Vaccination report Assam 1896-1927 - 1896-1927
Year: 1896
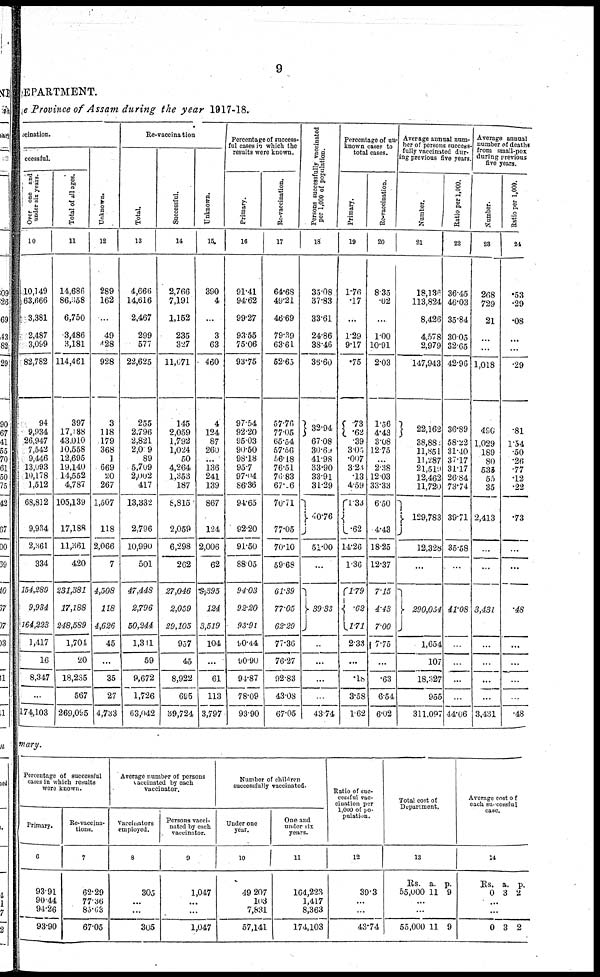
9
DEPARTMENT.
e Province of Assam during the year 1917-18.
vaccination.
ccessful.
Over one and
under six years.
10
10,149
63,666
3,381
2,487
3,099
82,782
94
9,934
26,947
7,542
9,446
13,093
10,178
1,512
68,812
9,934
2,361
334
154,289
9,934
164,223
1,417
16
8,347
...
174,103
Total of all ages.
11
14,686
86,058
6,750
3,486
3,181
114,461
397
17,188
43,010
10,558
12,695
19,140
14,552
4,787
105,139
17,188
11,361
420
231,381
17,188
248,589
1,704
20
18,235
567
269,095
Unknown.
12
289
162
...
49
428
928
3
118
179
368
1
669
20
267
1,507
118
2,066
7
4,508
118
4,626
45
...
35
27
4,733
Re-vaccination
Total.
13
4,666
14,616
2,467
299
577
22,625
255
2,796
2,821
2,009
89
5,709
2,002
417
13,332
2,796
10,990
501
47,448
2,796
50,244
1,311
59
9,672
1,726
63,042
Successful.
14
2,766
7,191
1,152
235
327
11,671
145
2,059
1,792
1,024
50
4,264
1,353
187
8,815
2,059
6,298
262
27,046
2,059
29,105
957
45
8,922
695
39,724
Unknown.
15
390
4
...
3
63
460
4
124
87
260
...
136
241
139
867
124
2,006
62
3,395
124
3,519
104
...
61
113
3,797
Percentage of success-
ful cases in which the
results were known.
Primary.
16
91.41
94.62
99.27
93.55
75.06
93.75
97.54
92.20
95.03
90.50
98.18
95.7
97.04
86.36
94.65
92.20
91.50
88.05
94.03
92.20
93.91
90.44
90.90
94.87
78.09
93.90
Re-vaccination.
17
64.68
49.21
46.69
79.39
63.61
52.65
57.76
77.05
65.54
57.56
56.18
76.51
76.83
67.06
70.71
77.05
70.10
59.68
61.39
77.05
62.29
77.36
76.27
92.83
43.08
67.05
Persons successfully vaccinated
per 1,000 of population.
18
35.08
37.83
33.61
24.86
38.46
36.60
32.94
67.08
30.69
41.98
33.90
33.91
31.29
40.76
51.00
...
39.33
..
...
...
43.74
Percentage of un-
known cases to
total cases.
Primary.
19
1.76
.17
...
1.29
9.17
.75
.73
.62
.39
3.05
.007
3.23
.13
4.59
1.33
.62
14.26
1.36
1.79
.62
171
2.33
...
.18
3.58
1.62
Revaccination.
20
8.35
.02
...
100
10.91
2.03
1.56
4.43
3.08
12.75
...
2.38
12.03
33.33
6.50
4.43
18.25
12.37
7.15
4.43
7.00
7.75
...
.63
6.54
6.02
Average annual num-
ber of persons success-
fully vaccinated dur-
ing previous five years
Number.
21
18,136
113,824
8,426
4,578
2,979
147,943
22,162
38,880
11,851
11,287
2l,519
12,462
11,720
129,783
12,328
...
290,054
1,654
107
18,327
955
311.097
Ratio per 1,000.
22
36.45
46.03
35.84
30.05
32.65
42.96
36.89
58.22
31.40
37.17
31.17
26.84
73.74
39.71
35.58
...
41.08
...
...
...
44.06
Average annual
number of deaths
from small-pox
during previous
five years.
Number.
23
268
729
21
...
...
1,018
490
1,029
189
80
535
55
35
2,413
...
...
3,431
...
...
...
...
3,431
Ratio per 1,000.
24
.53
.29
.08
...
...
.29
.81
1.54
.50
.26
.77
.12
.22
.73
...
...
.48
...
...
...
...
.48
mary.
Percentage of successful
cases in which results
were known.
Primary.
6
93.91
90.44
94.26
93.90
Re-vaccina-
tions.
7
62.29
77.36
85.63
67.05
Average number of persons
vaccinated by each
vaccinator.
Vaccinators
employed.
8
305
...
...
305
Persons vacci-
nated by each
vaccinator.
9
1,047
...
...
1,047
Number of children
successfully vaccinated.
Under one
year.
10
49,207
103
7,831
57,141
One and
under six
years.
11
164,223
1,417
8,363
174,103
Ratio of suc-
cessful vac-
cination per
1,000 of po-
pulation.
12
39.3
...
...
43.74
Total cost of
Department.
13
Rs.
55,000
a.
11
p.
9
...
...
55,000 11 9
Average cost of
each successful
case.
14
Rs.
0
a.
3
p.
2
...
...
0 3 2